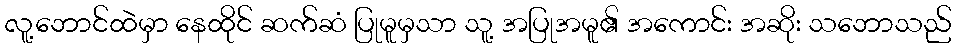
လူ့ဘောင်ထဲမှာ နေထိုင် ဆက်ဆံ ပြုမူမှသာ သူ့ အပြုအမူ၏ အကောင်း အဆိုး သဘောသည်